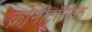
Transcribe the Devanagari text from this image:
क्रोनोट्रॉपिक